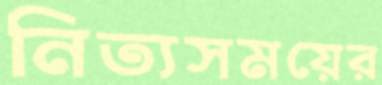
নিত্যসময়ের